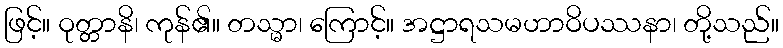
ဖြင့်။ ဝုတ္တာနိ၊ ကုန်၏။ တသ္မာ၊ ကြောင့်။ အဋ္ဌာရသမဟာဝိပဿနာ၊ တို့သည်။